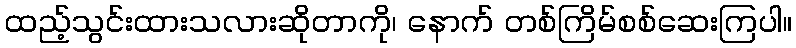
ထည့်သွင်းထားသလားဆိုတာကို၊ နောက် တစ်ကြိမ်စစ်ဆေးကြပါ။